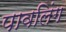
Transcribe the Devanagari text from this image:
पावलिंग